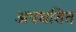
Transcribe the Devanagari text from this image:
अपघतित